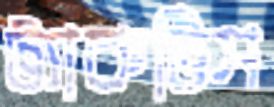
ট্যাকটিস